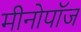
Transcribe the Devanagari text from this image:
मीनोपॉज